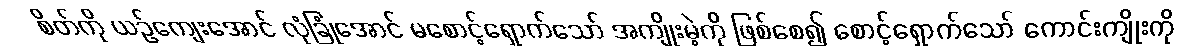
စိတ်ကို ယဉ်ကျေးအောင် လုံခြုံအောင် မစောင့်ရှောက်သော် အကျိုးမဲ့ကို ဖြစ်စေ၍ စောင့်ရှောက်သော် ကောင်းကျိုးကို